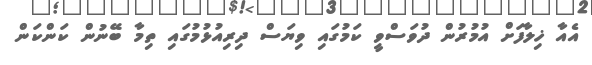
އެއާ ޚިލާފަށް އުމުރުން ދުވަސްވީ ކަމުގައި ވިޔަސް ދިރިއުޅުމުގައި ތިމާ ބޭނުން ކަންކަން